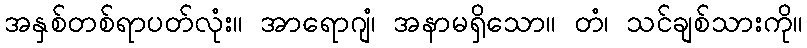
အနှစ်တစ်ရာပတ်လုံး။ အာရောဂျံ၊ အနာမရှိသော။ တံ၊ သင်ချစ်သားကို။